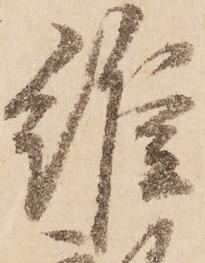
維